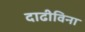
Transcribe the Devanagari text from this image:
दाढीविना